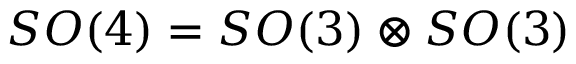
S O ( 4 ) = S O ( 3 ) \otimes S O ( 3 )